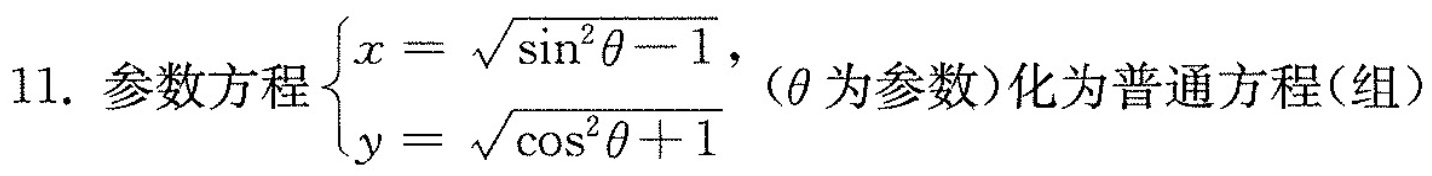
11.参数方程 $$\begin{cases} x= \sqrt{ \sin ^{2} \theta -1}, \\ y= \sqrt{ \cos ^{2} \theta +1} \end{cases}$$ (\theta 为参数)化为普通方程(组)